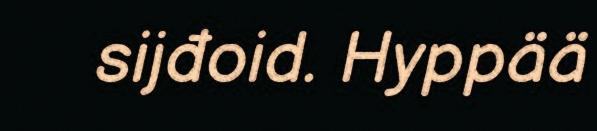
sijđoid. Hyppää